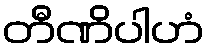
တီဏိပါဟံ